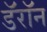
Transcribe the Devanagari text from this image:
डॅरॉन